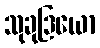
သုခုဒြယော